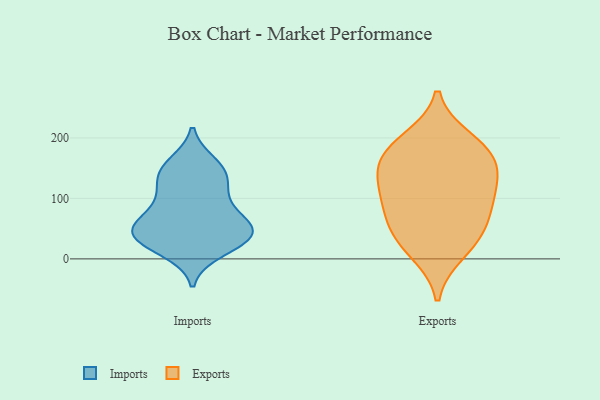
{"axis": {"x": "Website Visitors", "y": "Value"}, "legend": ["Exports", "Imports"], "data": [{"x": "", "y": 42, "type": "Imports"}, {"x": "", "y": 49, "type": "Imports"}, {"x": "", "y": 145, "type": "Imports"}, {"x": "", "y": 14, "type": "Imports"}, {"x": "", "y": 56, "type": "Imports"}, {"x": "", "y": 35, "type": "Imports"}, {"x": "", "y": 92, "type": "Imports"}, {"x": "", "y": 42, "type": "Imports"}, {"x": "", "y": 107, "type": "Imports"}, {"x": "", "y": 26, "type": "Imports"}, {"x": "", "y": 157, "type": "Imports"}, {"x": "", "y": 145, "type": "Imports"}, {"x": "", "y": 44, "type": "Imports"}, {"x": "", "y": 129, "type": "Imports"}, {"x": "", "y": 72, "type": "Imports"}, {"x": "", "y": 145, "type": "Exports"}, {"x": "", "y": 30, "type": "Exports"}, {"x": "", "y": 172, "type": "Exports"}, {"x": "", "y": 104, "type": "Exports"}, {"x": "", "y": 183, "type": "Exports"}, {"x": "", "y": 64, "type": "Exports"}, {"x": "", "y": 155, "type": "Exports"}, {"x": "", "y": 11, "type": "Exports"}, {"x": "", "y": 52, "type": "Exports"}, {"x": "", "y": 95, "type": "Exports"}, {"x": "", "y": 197, "type": "Exports"}, {"x": "", "y": 120, "type": "Exports"}]}